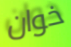
خوان